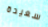
سعيدة